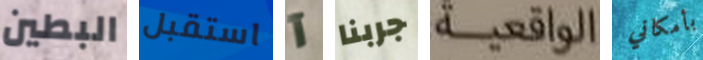
البطين استقبل آ جربنا الواقعية بأمكاني